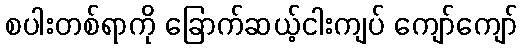
စပါးတစ်ရာကို ခြောက်ဆယ့်ငါးကျပ် ကျော်ကျော်